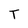
Character: T